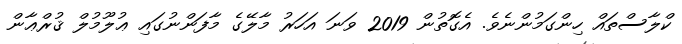
ކްލާސްތައް ހިންގަމުންނެވެ. އެގޮތުން 2019 ވަނަ އަހަރު މާލޭގެ މާފަންނުގައި ޢުލޫމުލް ޤުރްޢާން